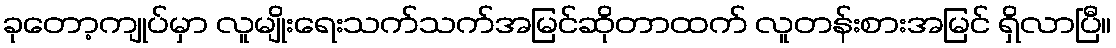
ခုတော့ကျုပ်မှာ လူမျိုးရေးသက်သက်အမြင်ဆိုတာထက် လူတန်းစားအမြင် ရှိလာပြီ။